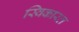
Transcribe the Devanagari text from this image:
स्विकारत